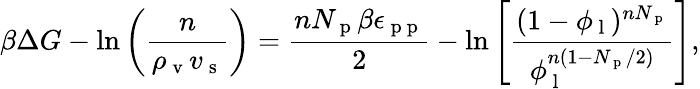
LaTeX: \beta\Delta G-\ln\left(\frac{n}{\rho_{\mathrm{~v~}}v_{\mathrm{~s~}}}\right)=\frac{nN_{\mathrm{~p~}}\beta\epsilon_{\mathrm{~p~p~}}}{2}-\ln\left[\frac{(1-\phi_{\mathrm{~l~}})^{nN_{\mathrm{~p~}}}}{\phi_{\mathrm{~l~}}^{n(1-N_{\mathrm{~p~}}/2)}}\right],